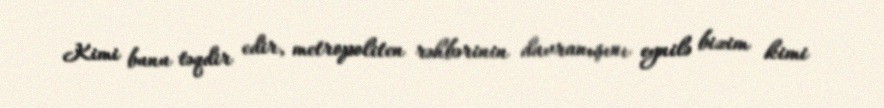
Kimi bunu təqdir edir, metropoliten rəhbərinin davranışını eynilə bizim kimi